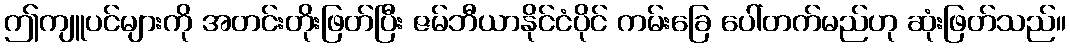
ဤကျူပင်များကို အတင်းတိုးဖြတ်ပြီး ဇမ်ဘီယာနိုင်ငံပိုင် ကမ်းခြေ ပေါ်တက်မည်ဟု ဆုံးဖြတ်သည်။